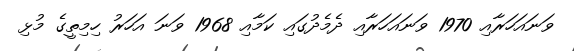
ވަނައަހަރާއި 1970 ވަނައަހަރާއި ދެމެދުގައި ކަމާއި 1968 ވަނަ އަހަރު ހިމިތީގެ މުޅި